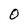
Character: 0